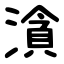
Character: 㵅